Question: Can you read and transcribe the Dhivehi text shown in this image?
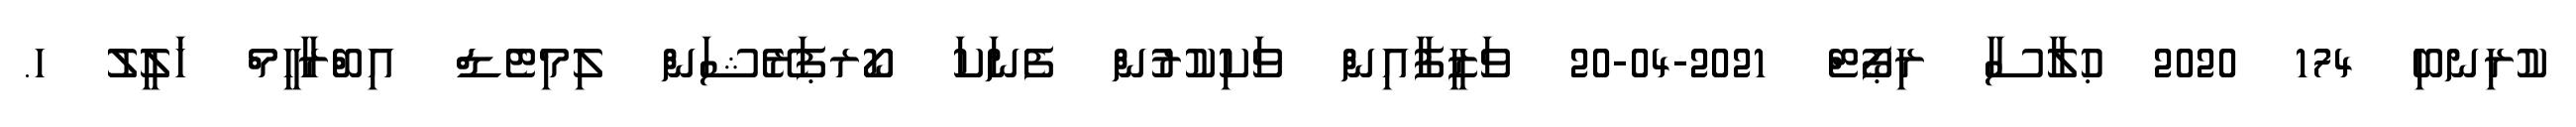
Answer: ކުރިނބި 174 2020 ޙުލާސާ ރިޕޯޓް 2021-04-20 ވަޒީފާއިން ވަކިކުރުން ފެނަކަ ކޯރޕަރޭޝަން ލިމިޓެޑް އިބްރާހީމް ޚަލީލު ހ.